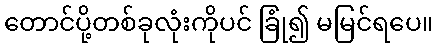
တောင်ပို့တစ်ခုလုံးကိုပင် ခြုံ၍ မမြင်ရပေ။